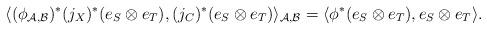
LaTeX: \begin{align*}\langle(\phi_{\mathcal{A},\mathcal{B}})^* (j_X)^*(e_S \otimes e_T) ,(j_C)^*( e_S\otimes e_T)\rangle_{\mathcal{A},\mathcal{B}} = \langle\phi^* ( e_S \otimes e_T), e_S\otimes e_T\rangle.\end{align*}